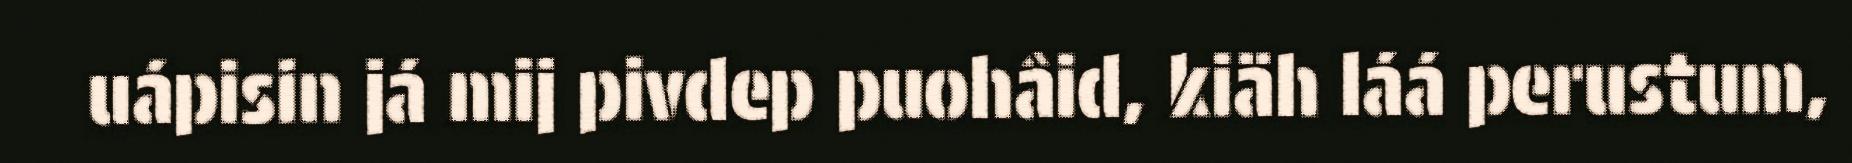
uápisin já mij pivdep puohâid, kiäh láá perustum,